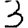
Digit: 3